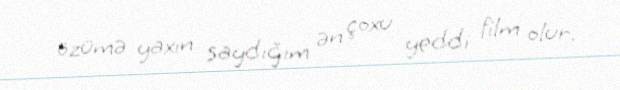
özümə yaxın saydığım ən çoxu yeddi film olur.